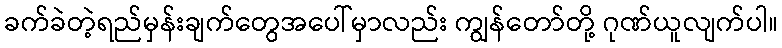
ခက်ခဲတဲ့ရည်မှန်းချက်တွေအပေါ်မှာလည်း ကျွန်တော်တို့ ဂုဏ်ယူလျက်ပါ။